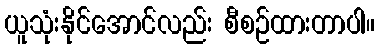
ယူသုံးနိုင်အောင်လည်း စီစဉ်ထားတာပါ။